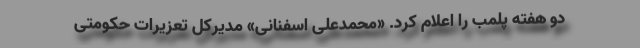
دو هفته پلمب را اعلام کرد. «محمدعلی اسفنانی» مدیرکل تعزیرات حکومتی